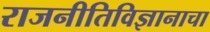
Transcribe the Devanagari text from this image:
राजनीतिविज्ञानाचा